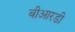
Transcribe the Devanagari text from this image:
बीआरडी